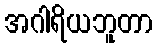
အဂါရိယဘူတာ